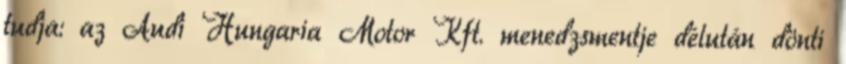
tudja: az Audi Hungaria Motor Kft. menedzsmentje délután dönti